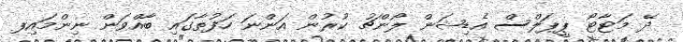
ދޭ މަޓާޓޯ ޕީޕަލްސް އެޑިޝަން ލޯންޗު ކުރުން އަންނަ ހަފުތާގައި ބާއްވަން ނިންމައިިފ